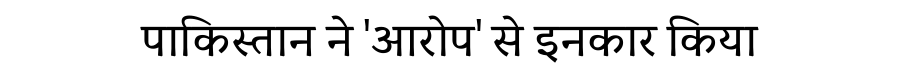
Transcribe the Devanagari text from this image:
पाकिस्तान ने 'आरोप' से इनकार किया